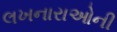
લખનારાઓની